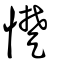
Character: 憷